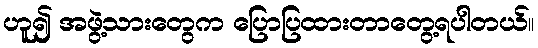
ဟူ၍ အဖွဲ့သားတွေက ပြောပြထားတာတွေ့ရပါတယ်။